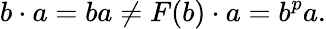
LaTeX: b\cdot a=ba\neq F(b)\cdot a=b^{p}a.